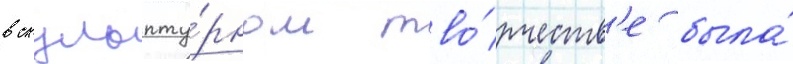
в скульпту́рном тво́рчеств'е была́